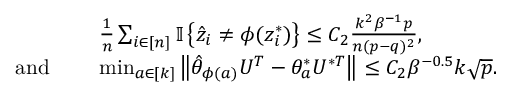
\begin{array} { r l } & { \frac { 1 } { n } \sum _ { i \in [ n ] } { \mathbb { I } \left\{ { \hat { z } _ { i } \neq \phi ( z _ { i } ^ { * } ) } \right\} } \leq C _ { 2 } \frac { k ^ { 2 } \beta ^ { - 1 } p } { n ( p - q ) ^ { 2 } } , } \\ { \mathrm { a n d ~ } \quad } & { \operatorname* { m i n } _ { a \in [ k ] } \left\| { \hat { \theta } _ { \phi ( a ) } U ^ { T } - \theta _ { a } ^ { * } U ^ { * T } } \right\| \leq C _ { 2 } \beta ^ { - 0 . 5 } k \sqrt { p } . } \end{array}